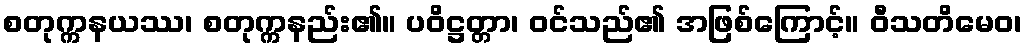
စတုက္ကနယဿ၊ စတုက္ကနည်း၏။ ပဝိဋ္ဌတ္တာ၊ ဝင်သည်၏ အဖြစ်ကြောင့်။ ဝီသတိမေဝ၊